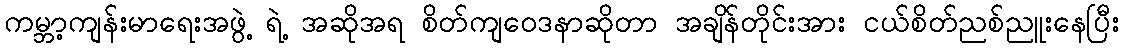
ကမ္ဘာ့ကျန်းမာရေးအဖွဲ့ ရဲ့ အဆိုအရ စိတ်ကျဝေဒနာဆိုတာ အချိန်တိုင်းအား ငယ်စိတ်ညစ်ညူးနေပြီး